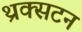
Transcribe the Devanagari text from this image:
थ्रक्सटन